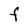
Character: F